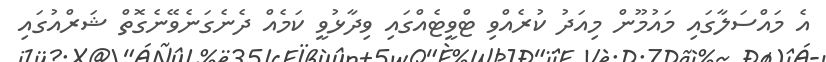
އެ މައްސަލާގައި މައުމޫން މިއަދު ކުރެއްވި ޓްވީޓެއްގައި ވިދާޅުވީ ކަމެއް ދެނެގަނެވޭނެގޮތް ޝަރްއުގައި